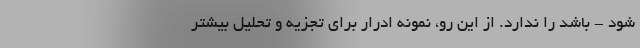
شود - باشد را ندارد. از این رو، نمونه ادرار برای تجزیه و تحلیل بیشتر